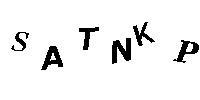
SATNKP